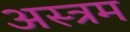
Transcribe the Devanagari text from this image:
अस्त्रम